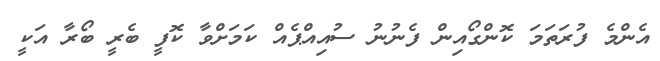
އެންމެ ފުރަތަމަ ކޮންގޯއިން ފެނުނު ސުއިއްޕެއް ކަމަށްވާ ކޮފީ ބެރީ ބޯރާ އަކީ